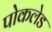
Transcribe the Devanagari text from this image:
पोकलेड